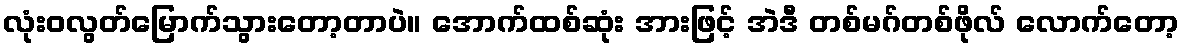
လုံးဝလွတ်မြောက်သွားတော့တာပဲ။ အောက်ထစ်ဆုံး အားဖြင့် အဲဒီ တစ်မဂ်တစ်ဖိုလ် လောက်တော့